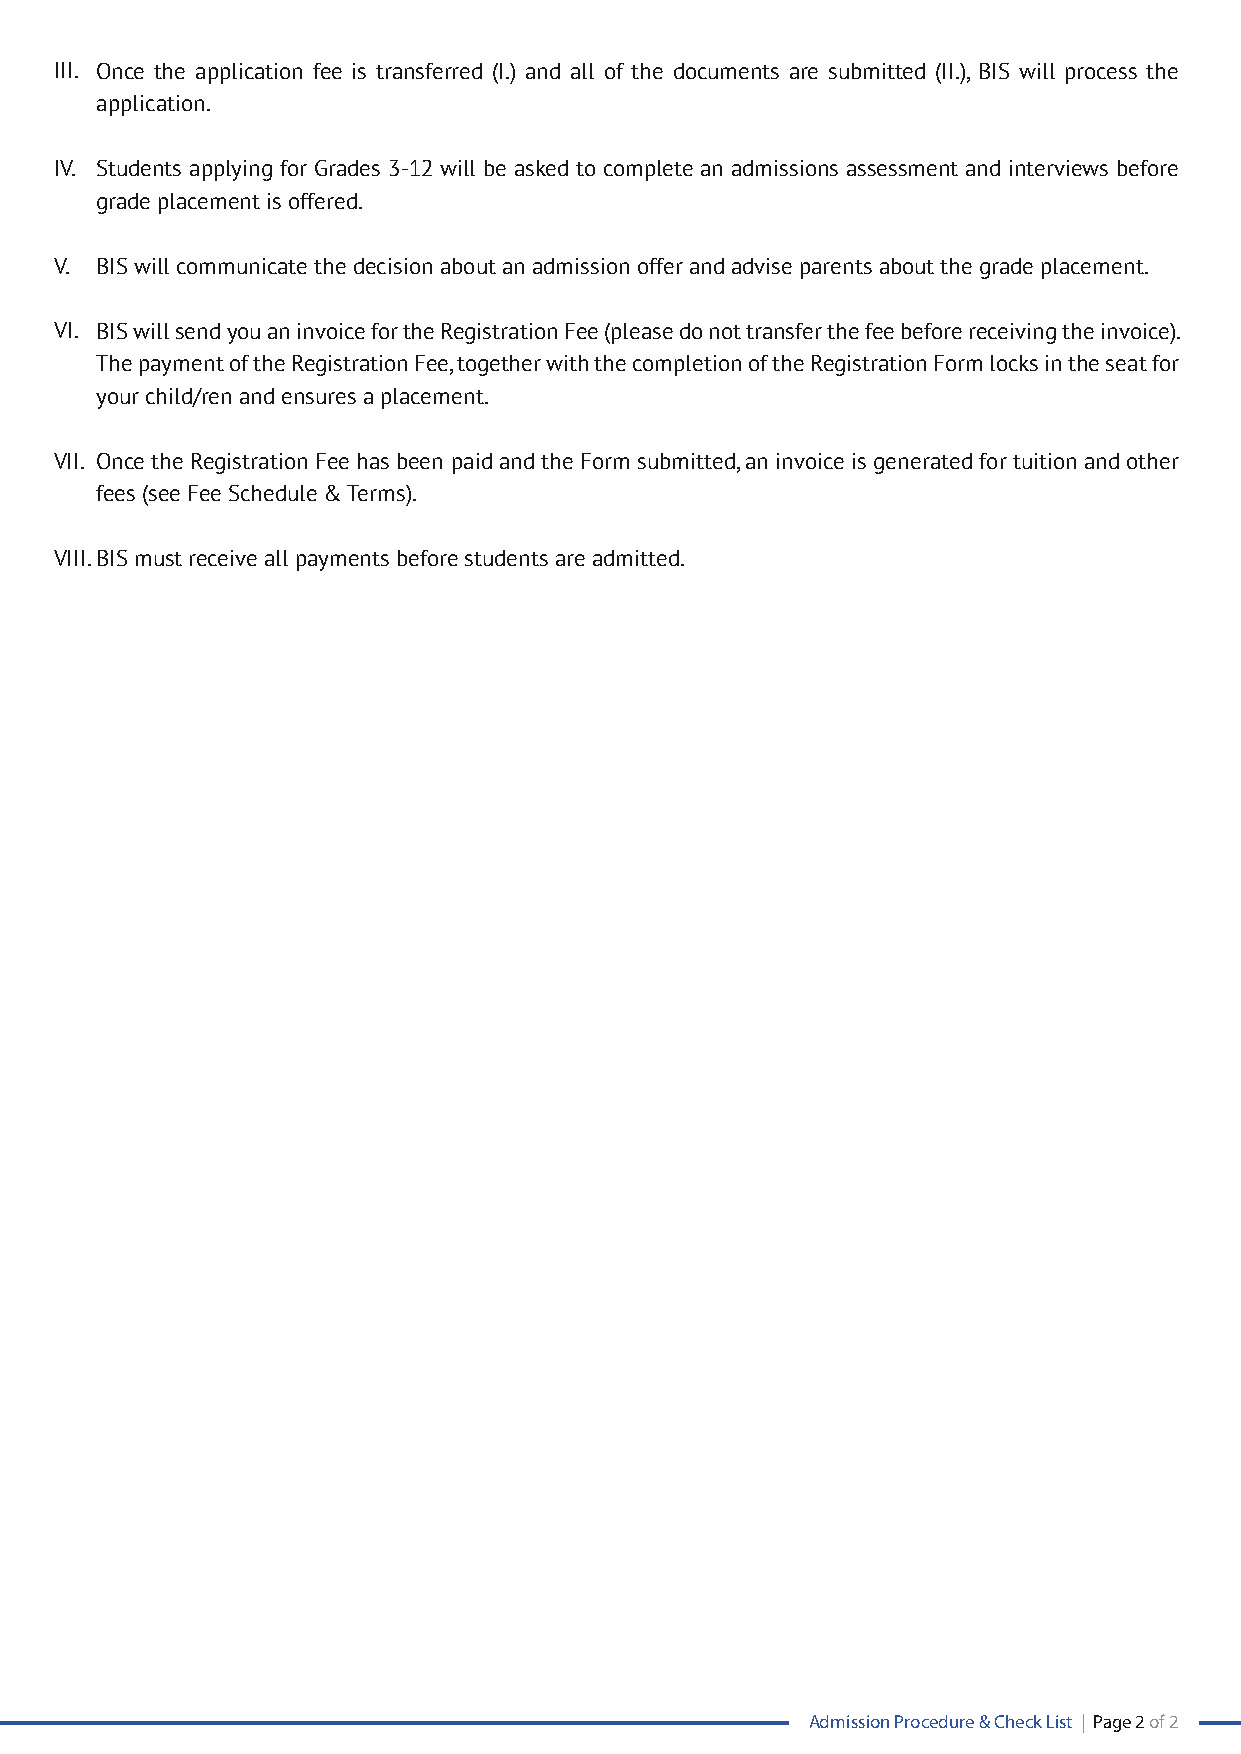
III. Once the application fee is transferred (I.) and all of the documents are submitted (II.), BIS will process the
 application.
 IV. Students applying for Grades 3-12 will be asked to complete an admissions assessment and interviews before
 grade placement is offered.
 V. BIS will communicate the decision about an admission offer and advise parents about the grade placement.
 VI. BIS will send you an invoice for the Registration Fee (please do not transfer the fee before receiving the invoice).
 The payment of the Registration Fee, together with the completion of the Registration Form locks in the seat for
 your child/ren and ensures a placement.
 VII. Once the Registration Fee has been paid and the Form submitted, an invoice is generated for tuition and other
 fees (see Fee Schedule & Terms).
 VIII.BIS must receive all payments before students are admitted.
 Admission Procedure & Check List | Page 2 of 2